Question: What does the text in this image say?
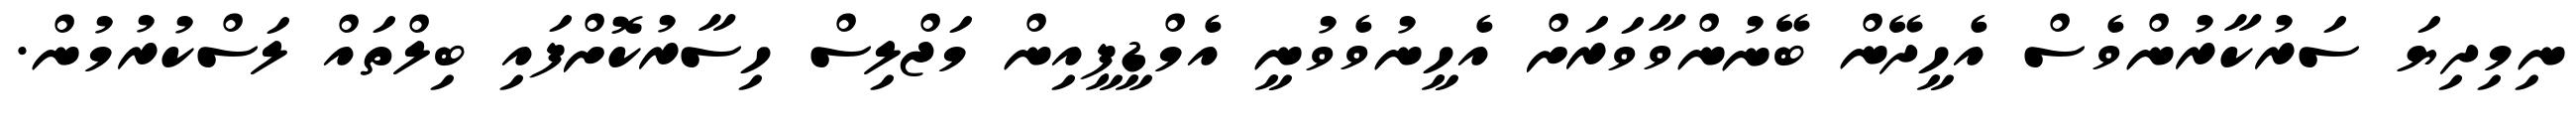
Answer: ނިމިދިޔަ ސަރުކާރުންވެސް އެހީދޭން ބޭނުންވާވަރަށް އެހީނުވެވުނީ އެމްޑީޕީއިން މަޖްލިސް ހިސާރުކޮށްފައި ބިލްތައް ލަސްކުރުމުން.